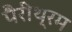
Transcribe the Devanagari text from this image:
पैरीथ्रम